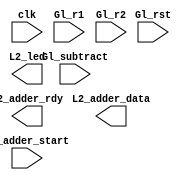
// --------------------------------------------------------------------
// >>>>>>>>>>>>>>>>>>>>>>>>> COPYRIGHT NOTICE <<<<<<<<<<<<<<<<<<<<<<<<<
// --------------------------------------------------------------------
// Copyright (c) 2019 by UCSD CSE 140L
// --------------------------------------------------------------------
//
// Permission:
//
//   This code for use in UCSD CSE 140L.
//   It is synthesisable for Lattice iCEstick 40HX.  
//
// Disclaimer:
//
//   This Verilog source code is intended as a design reference
//   which illustrates how these types of functions can be implemented.
//   It is the user's responsibility to verify their design for
//   consistency and functionality through the use of formal
//   verification methods.  
//
module Lab2_140L (
 input wire Gl_rst,                  // reset signal (active high)
 input wire clk,                     // global clock
 input wire Gl_adder_start,          // r1, r2, OP are ready  
 input wire Gl_subtract,             // subtract (active high)
 input wire [7:0] Gl_r1           , // 8bit number 1
 input wire [7:0] Gl_r2           , // 8bit number 1
 output wire [7:0] L2_adder_data   ,   // 8 bit ascii sum
 output wire L2_adder_rdy          , //pulse
 output wire [7:0] L2_led
);

endmodule

module sigDelay(
		  output      sigOut,
		  input       sigIn,
		  input       clk,
		  input       rst);

   parameter delayVal = 4;
   reg [15:0] 		      delayReg;


   always @(posedge clk) begin
      if (rst)
	delayReg <= 16'b0;
      else begin
	 delayReg <= {delayReg[14:0], sigIn};
      end
   end

   assign sigOut = delayReg[delayVal];
endmodule // sigDelay